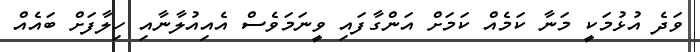
ވަދެ އުޅުމަކީ މަނާ ކަމެއް ކަމަށް އަންގާފައި ވީނަމަވެސް އެއިއުލާނާއި ހިލާފަށް ބައެއް